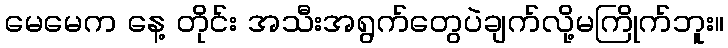
မေမေက နေ့ တိုင်း အသီးအရွက်တွေပဲချက်လို့မကြိုက်ဘူး။